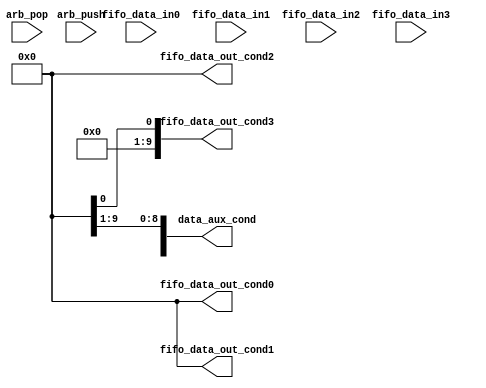
module mxdx_cond #(
    parameter FIFO_UNITS = 4,   // Cantidad de FIFOs
    parameter WORD_SIZE = 10,   // Cantidad de bits
    parameter PTR_L = 3         //Longitud de bits para el puntero
    )(  // entradas
        input wire [FIFO_UNITS-1:0] arb_pop,
        input wire [FIFO_UNITS-1:0] arb_push,
        input wire  [WORD_SIZE-1:0] fifo_data_in0,
        input wire  [WORD_SIZE-1:0] fifo_data_in1,
        input wire  [WORD_SIZE-1:0] fifo_data_in2,
        input wire  [WORD_SIZE-1:0] fifo_data_in3,
        output wire [WORD_SIZE-1:0] fifo_data_out_cond0,
        output wire [WORD_SIZE-1:0] fifo_data_out_cond1,
        output wire [WORD_SIZE-1:0] fifo_data_out_cond2,
        output wire [WORD_SIZE-1:0] fifo_data_out_cond3,
        output wire [WORD_SIZE-1:0] data_aux_cond
    );
    // señales intermedias
    reg [WORD_SIZE-1:0] dataIn_aux0, dataIn_aux1, dataIn_aux2, dataIn_aux3;
    reg [WORD_SIZE-1:0] dataOut_aux0, dataOut_aux1, dataOut_aux2, dataOut_aux3;

always @(*) begin
        // Logica de demux
        dataOut_aux0 = fifo_data_out_cond0;
        dataOut_aux1 = fifo_data_out_cond1;
        dataOut_aux2 = fifo_data_out_cond2;
        dataOut_aux3 = fifo_data_out_cond3;

         //Logica de mux
        dataIn_aux0 = fifo_data_in0;
        dataIn_aux1 = fifo_data_in1;
        dataIn_aux2 = fifo_data_in2;
        dataIn_aux3 = fifo_data_in3;
        
        // Logica de demux
        if(fifo_data_in[9:8]== 2'b00) begin
            fifo_data_out_cond0 = fifo_data_in;  
            fifo_data_out_cond1 = 0;
            fifo_data_out_cond2 = 0;
            fifo_data_out_cond3 = 0;      
        end

        else if(fifo_data_in[9:8]== 2'b01) begin
            fifo_data_out_cond0 = 0;    
            fifo_data_out_cond1 = fifo_data_in;
            fifo_data_out_cond2 = 0;
            fifo_data_out_cond3 = 0;          
        end

        else if(fifo_data_in[9:8]== 2'b10) begin
            fifo_data_out_cond0 = 0;    
            fifo_data_out_cond1 = 0;    
            fifo_data_out_cond2 = fifo_data_in;  
            fifo_data_out_cond3 = 0;    
        end

        else begin
            fifo_data_out_cond0 = 0; 
            fifo_data_out_cond1 = 0; 
            fifo_data_out_cond2 = 0;          
            fifo_data_out_cond3 = fifo_data_in;  
        end

        //Logica de mux
        if(arb_pop == 4'b0001) begin
            fifo_data_out_cond = fifo_data_in0;  
        end

        else if(arb_pop == 4'b0010) begin
            fifo_data_out_cond = fifo_data_in1;  
        end

        else if(arb_pop == 4'b0100) begin
            fifo_data_out_cond = fifo_data_in2;  
        end

        else if(arb_pop == 4'b1000) begin
            fifo_data_out_cond = fifo_data_in3;  
        end

        else fifo_data_out_cond = 0;
        
       
    end 


endmodule